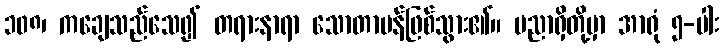
၁၀၈၊ ကချေသည်သေ၍ တရားနာရာ သောတာပန်ဖြစ်သွား၏။ ပညာရှိတို့မှာ အာရုံ ၅-ပါး